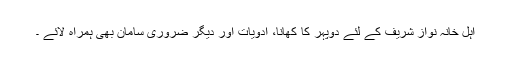
اہل خانہ نواز شریف کے لئے دوپہر کا کھانا، ادویات اور دیگر ضروری سامان بھی ہمراہ لائے ۔